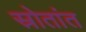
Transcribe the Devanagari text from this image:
स्रोतांत